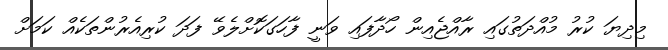
މިދިޔަ ކުރު މުއްދަތުގައި ރާއްޖެއިން ހޯދާފައި ވަނީ ފާހަގަކޮށްލެވޭ ފަދަ ކުރިއެރުންތަކެއް ކަމަށް